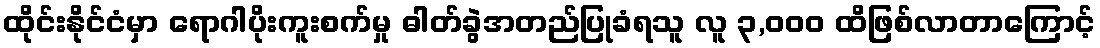
ထိုင်းနိုင်ငံမှာ ရောဂါပိုးကူးစက်မှု ဓါတ်ခွဲအတည်ပြုခံရသူ လူ ၃,၀၀၀ ထိဖြစ်လာတာကြောင့်